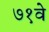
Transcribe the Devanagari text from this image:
७१वे